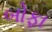
બોફા